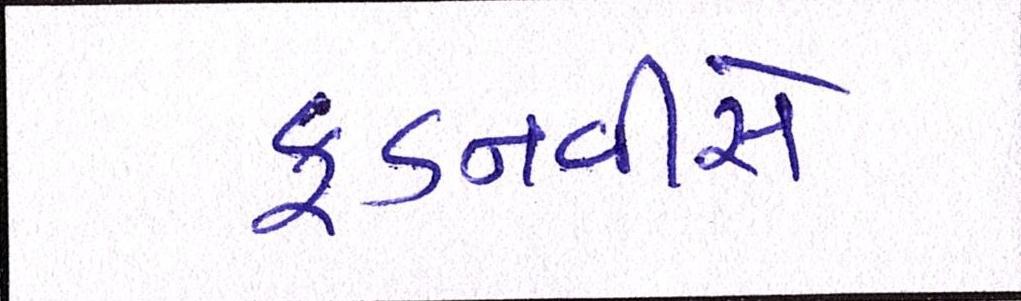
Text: ફડનવીસે